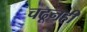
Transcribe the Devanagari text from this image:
चढूनही